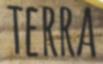
TERRA